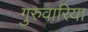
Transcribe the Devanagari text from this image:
गुरुवारिया